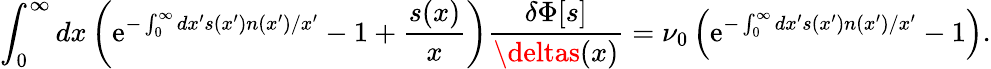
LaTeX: \int_{0}^{\infty}dx\left(\mathrm{e}^{-\int_{0}^{\infty}dx^{\prime}s(x^{\prime})n(x^{\prime})/x^{\prime}}-1+\frac{{s(x)}}{{x}}\right)\frac{{\delta\Phi[s]}}{{\deltas(x)}}=\nu_{0}\left(\mathrm{e}^{-\int_{0}^{\infty}dx^{\prime}s(x^{\prime})n(x^{\prime})/x^{\prime}}-1\right).